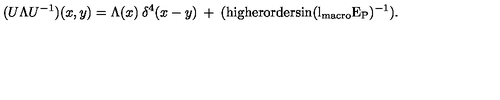
( U \Lambda U ^ { - 1 } ) ( x , y ) = \Lambda ( x ) \: \delta ^ { 4 } ( x - y ) \: + \: { \mathrm { ( h i g h e r o r d e r s i n ( l _ { \mathrm { \scriptsize { m a c r o } } } E _ P ) ^ { - 1 } ) } } .